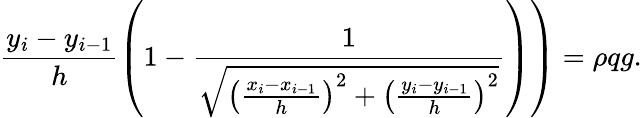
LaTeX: \left.\frac{y_{i}-y_{i-1}}{h}\left(1-\frac{1}{\sqrt{\left(\frac{x_{i}-x_{i-1}}{h}\right)^{2}+\left(\frac{y_{i}-y_{i-1}}{h}\right)^{2}}}\right)\right)=\rho qg.